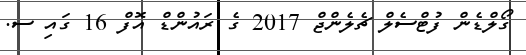
ގޯލްޑެން ފުޓްސެލް ޗެލެންޖް 2017 ގެ ރައުންޑް އޮފް 16 ގައި ސ.